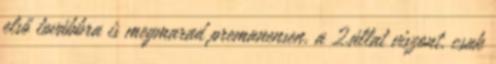
első továbbra is megmarad premanensen, a 2.állat viszont, csak